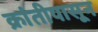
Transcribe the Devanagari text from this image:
क्रांतीपासून